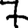
Digit: 7